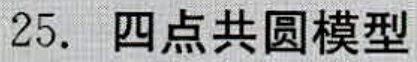
25. 四点共圆模型